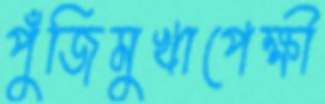
পুঁজিমুখাপেক্ষী